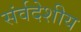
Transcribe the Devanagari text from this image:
संर्वदेशीय